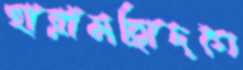
হারামজাদগি